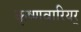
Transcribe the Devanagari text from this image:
कृष्णवारियर्